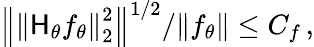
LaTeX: \left\| \left\| \mathsf{H}_{\theta}f_{\theta}\right\| _{2}^{2}\right\| ^{1/2}/\| f_{\theta}\| \leq C_{f}\, ,